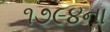
૧૭૯૪ના